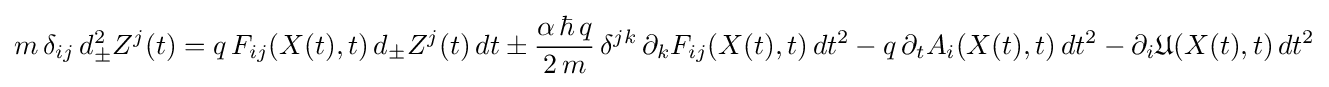
m\,\delta _{ij}\,d_{\pm }^{2}Z^{j}(t)=q\,F_{ij}(X(t),t)\,d_{\pm }Z^{j}(t)\,dt\pm {\frac {\alpha \,\hbar \,q}{2\,m}}\,\delta ^{jk}\,\partial _{k}F_{ij}(X(t),t)\,dt^{2}-q\,\partial _{t}A_{i}(X(t),t)\,dt^{2}-\partial _{i}{\mathfrak {U}}(X(t),t)\,dt^{2}